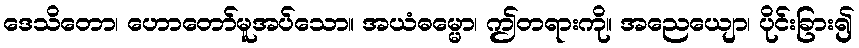
ဒေသိတော၊ ဟောတော်မူအပ်သော။ အယံဓမ္မော၊ ဤတရားကို။ အညေယျော၊ ပိုင်းခြား၍